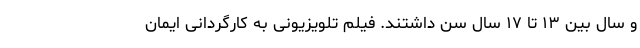
و سال بین ۱۳ تا ۱۷ سال سن داشتند. فیلم تلویزیونی به کارگردانی ایمان